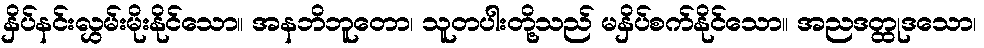
နှိပ်နင်းလွှမ်းမိုးနိုင်သော။ အနဘိဘူတော၊ သူတပါးတို့သည် မနှိပ်စက်နိုင်သော။ အညဒတ္ထုဒသော၊